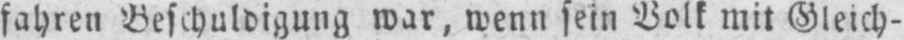
fahren Beschuldigung war, wenn sein Volk mit Gleich-